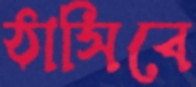
ঠাসিবে